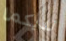
لديكما